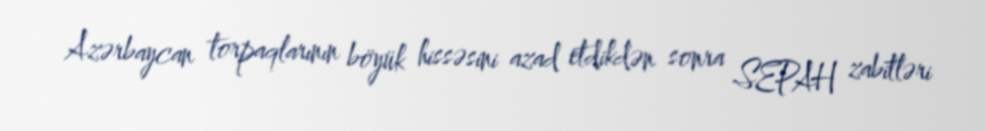
Azərbaycan torpaqlarının böyük hissəsini azad etdikdən sonra SEPAH zabitləri